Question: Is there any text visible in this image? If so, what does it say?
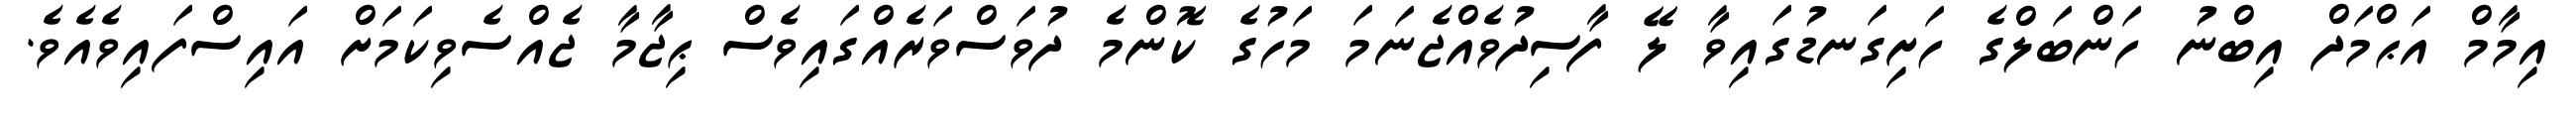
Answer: އިމާމް އަޙްމަދް އިބްނު ހަންބަލްގެ ހަށިގަނޑުގައިވާ ލޭ ފާސިދުވެއްޖެނަމަ މަހުގެ ކޮންމެ ދުވަސްވަރެއްގައިވެސް ޙިޖާމާ ޖެއްސެވިކަމަށް އައިސްފައިވެއެވެ.